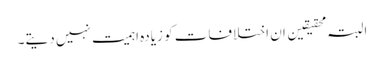
البتہ محقیقین ان اختلافات کو زیادہ اہمیت نہیں دیتے۔